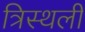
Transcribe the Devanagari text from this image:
त्रिस्थली